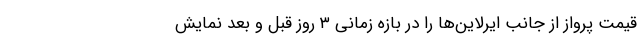
قیمت پرواز از جانب ایرلاین‌ها را در بازه زمانی ۳ روز قبل و بعد نمایش